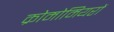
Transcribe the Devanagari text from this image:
क्रोमोमियरों